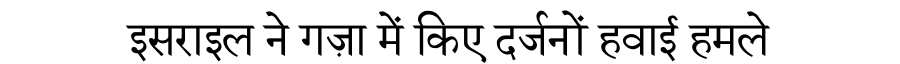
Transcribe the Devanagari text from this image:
इसराइल ने गज़ा में किए दर्जनों हवाई हमले